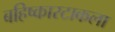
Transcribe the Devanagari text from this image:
बहिष्कारटाकला